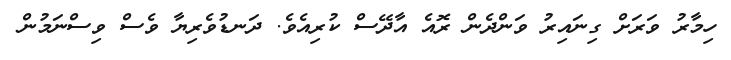
ހިމާރު ވަރަށް ގިނައިރު ވަންދެން ރޮއެ އާދޭސް ކުރިއެވެ. ދަނޑުވެރިޔާ ވެސް ވިސްނަމުން